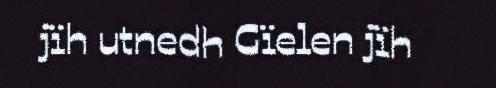
jïh utnedh Gïelen jïh